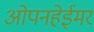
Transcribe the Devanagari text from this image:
ओपनहेईमर